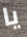
يا